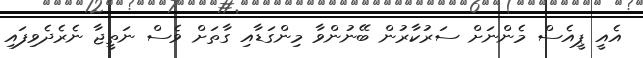
އެއީ ޕީއެސް މެންނަށް ސަރުކާރުން ބޭނުންވާ މިންގަޑާއި ގާތަށް ވެސް ނަތީޖާ ނެރެދެވިފައި